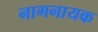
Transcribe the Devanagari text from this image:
नागनायक